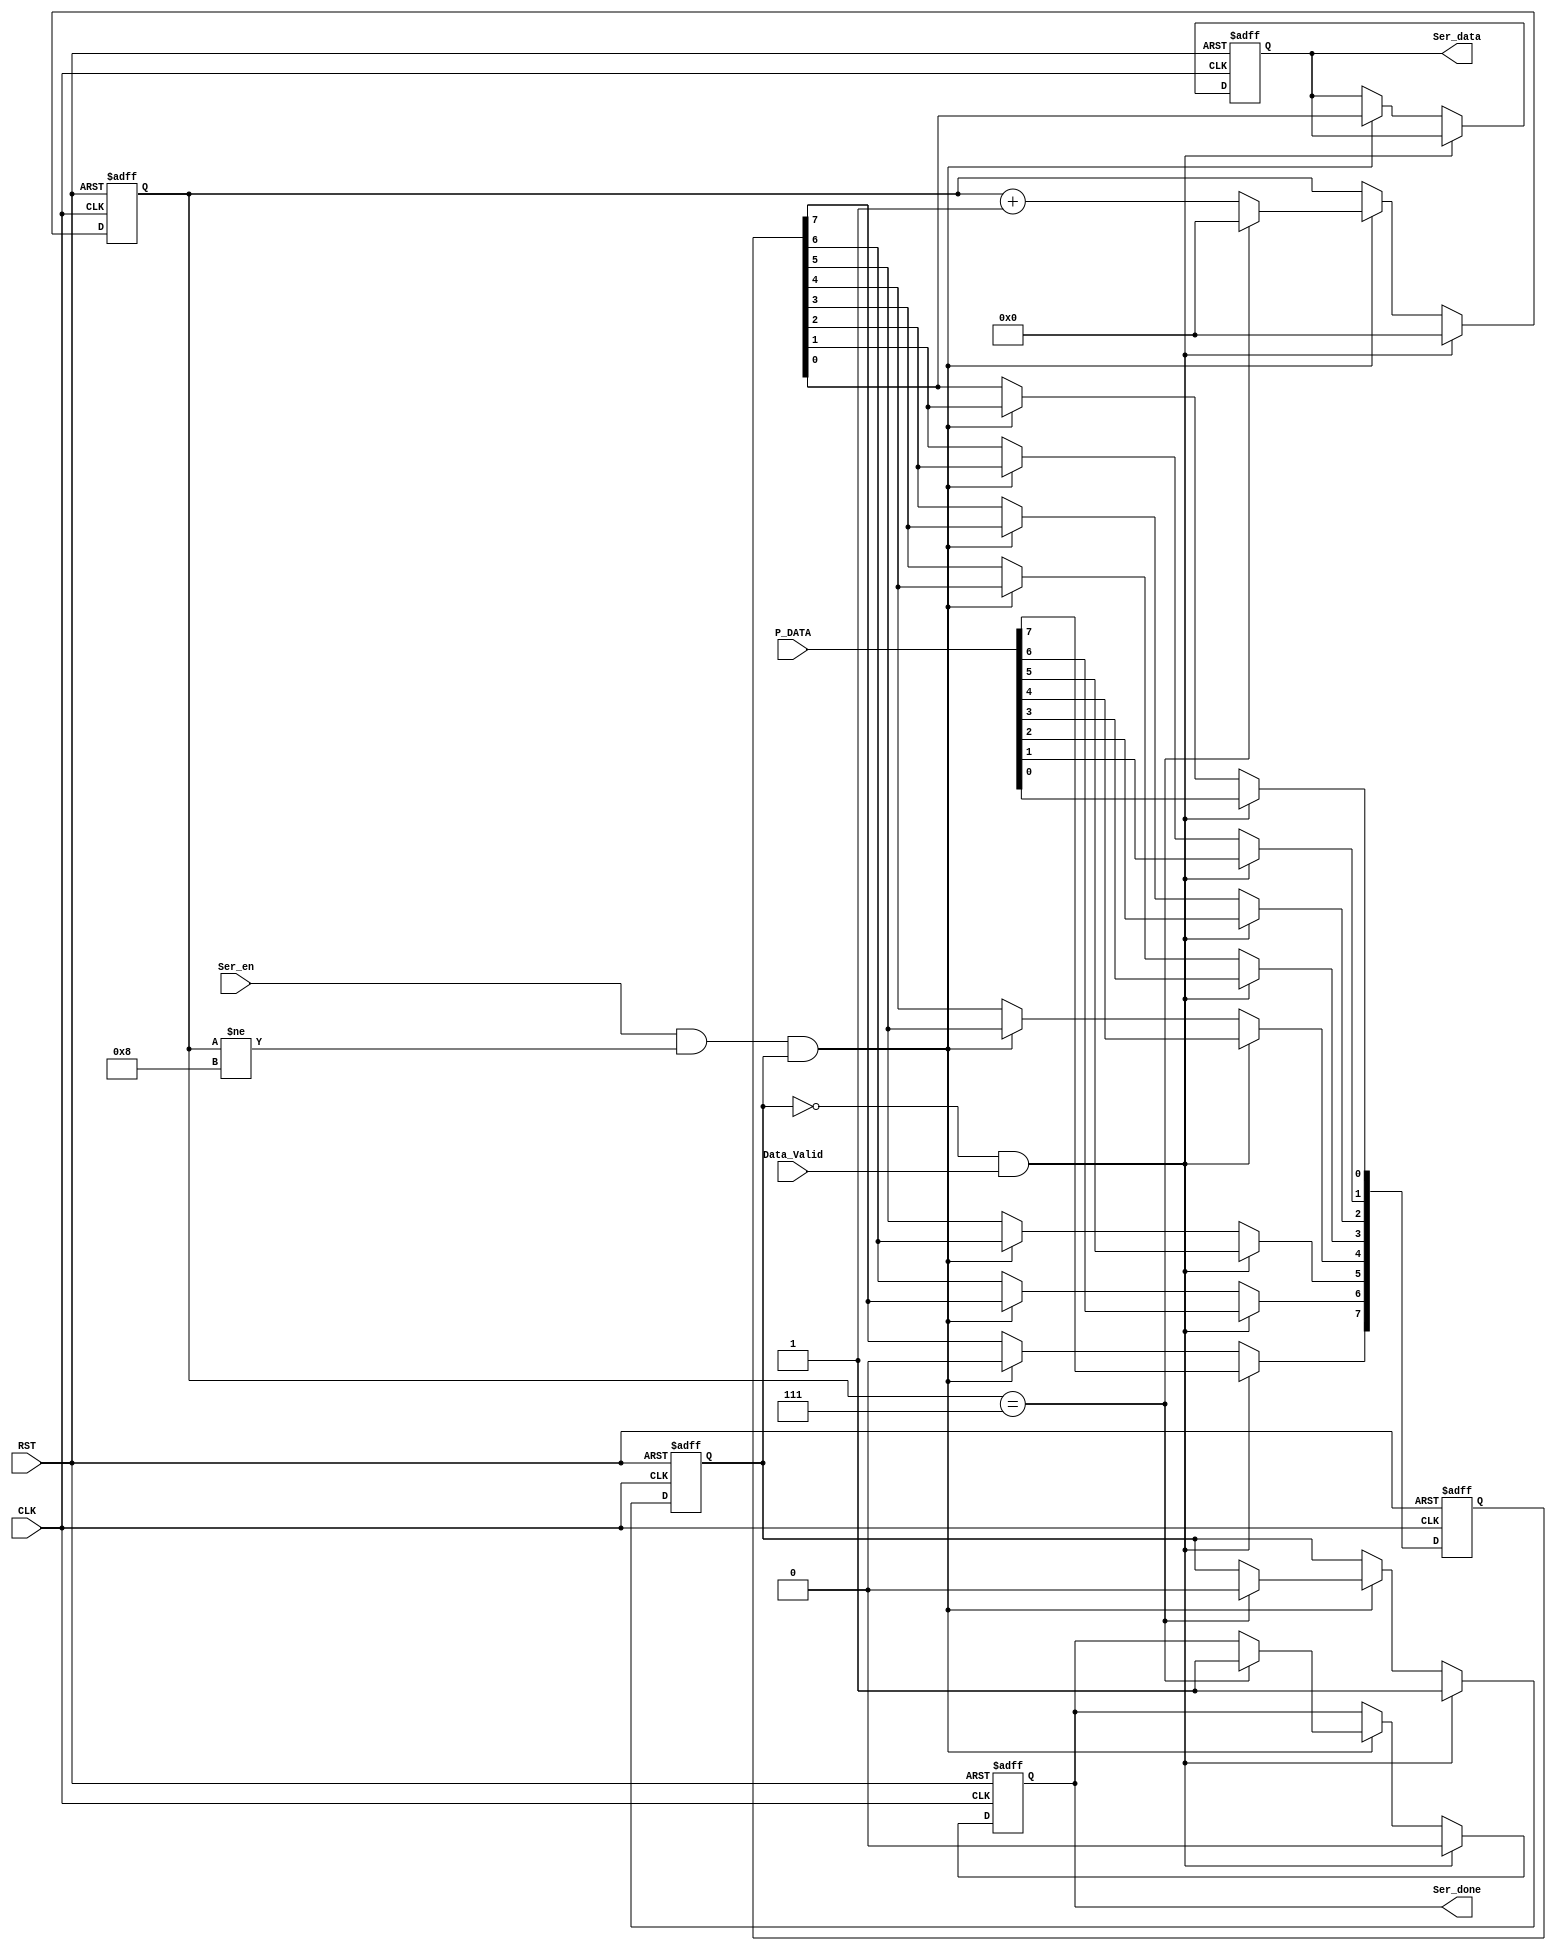
    module serializer 
  (
  input wire [7:0] P_DATA,
  input wire Ser_en,
  input wire CLK,
  input wire RST,
  input wire Data_Valid,
  output reg Ser_data,
  output reg Ser_done
  );
  
  reg [7:0] memory;
  reg [3:0] count;
  reg  enable;
  integer i;
  always@(posedge CLK or negedge RST)
  begin
    if(!RST)
      begin
        memory <= 8'b0;
        count<=4'b0000;
        enable <= 1'b0;
        Ser_done<=1'b0;
        Ser_data<=1'b0;
      end
      else if ((enable == 1'b0)&& (Data_Valid == 1'b1))
        begin
          memory <= P_DATA;
          count<=4'b0000;
          Ser_done<=1'b0;
          enable <= 1'b1;
        end
      else if (Ser_en && (count!=4'b1000) && (enable == 1'b1))
        begin
           Ser_data <= memory[0];
          for (i=0;i<7;i=i+1)
          begin
            memory[i] <= memory[i+1];
          end
           memory[7]<=1'b0;
           count<=count+1;
      if (count == 4'b0111)
        begin
          Ser_done<=1'b1;
          enable <= 1'b0;
          count<=4'b0000;
        end
      end
  end
endmodule